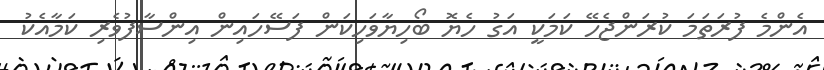
އެންމެ ފުރަތަމަ ކުރަންޖެހޭ ކަމަކީ އަގު ހެޔޮ ބޯހިޔާވަހިކަން ފަސޭހައިން އިންސާފުވެރި ކަމާއެކު